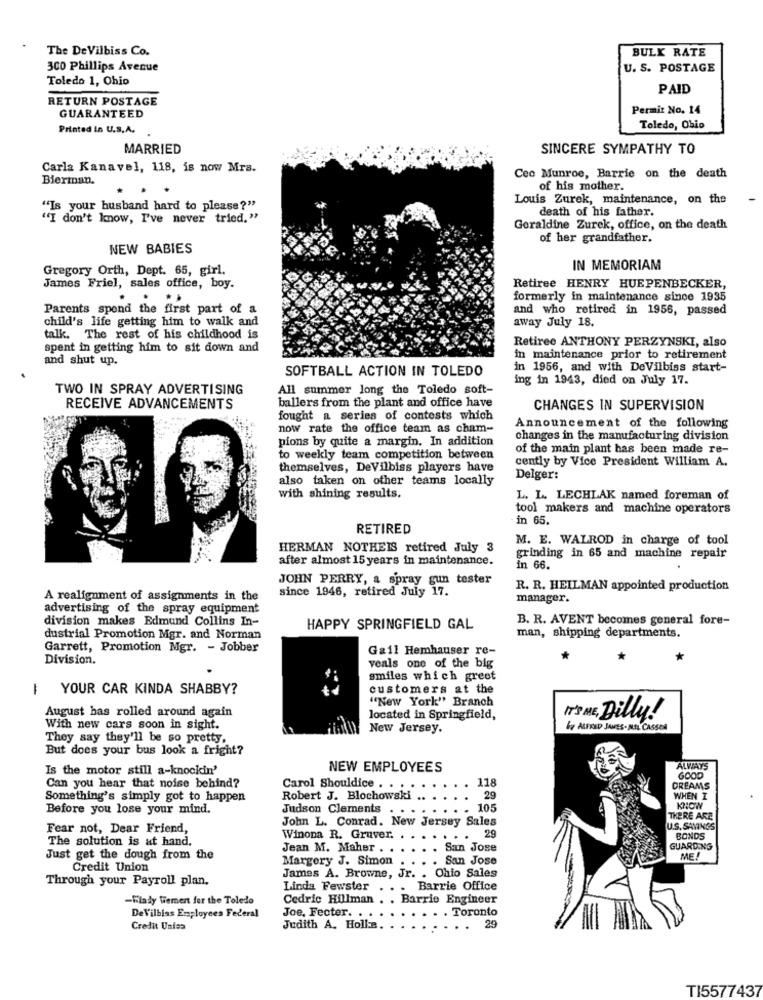
The DeVilbiss Co.
BULK RATE
300 Phillips Avenue
U. S. POSTAGE
Toledo 1, Ohio
PAID
RETURN POSTAGE
Permit No. 14
GUARANTEED
Printed in U.S.A.
Toledo, Ohio
MARRIED
SINCERE SYMPATHY TO
Carla Kanavel, 118, is now Mra.
Bierman.
Ceo Munroe, Barrie on the death
of his mother.
Louis Zurek, maintenance, on the
"Is your husband hard to please?"
death of his father.
"I don't know, I've never tried."
Geraldine Zurek, office, on the death
of her grandfather.
NEW BABIES
Gregory Orth, Dept. 65, girl.
IN MEMORIAM
James Friel, sales office, boy.
Retiree HENRY HUEPENBECKER,
formerly in maintenance since 1935
Parents spend the first part of a
and who retired in 1956, passed
child's life getting him to walk and
away July 18.
talk. The rest of his childhood is
Retiree ANTHONY PERZYNSKI, also
spent in getting him to sit down and
and shut up.
in maintenance prior to retirement
SOFTBALL ACTION IN TOLEDO
in 1956, and with DeVilbiss start-
ing in 1943, died on July 17.
TWO IN SPRAY ADVERTISING
All summer long the Toledo soft-
ballers from the plant and office have
RECEIVE ADVANCEMENTS
CHANGES IN SUPERVISION
fought a series of contests which
now rate the office team as cham-
Announcement of the following
pions by quite a margin. In addition
changes in the manufacturing division
of the main plant has been made re-
to weekly team competition between
cently by Vice President William A.
themselves, DeVilbiss players have
also taken on other teams locally
Delger:
with shining results.
L. L. LECHLAK named foreman of
tool makers and machine operators
in 65.
RETIRED
M. E. WALROD in charge of tool
HERMAN NOTHEIS retired July 3
after almost 15 years in maintenance.
grinding in 65 and machine repair
in 66.
JOHN PERRY, a spray gun tester
since 1946, retired July 17.
R. R. HEILMAN appointed production
A realignment of assignments in the
manager.
advertising of the spray equipment
division makes Edmund Collins In-
B. R. AVENT becomes general fore-
HAPPY SPRINGFIELD GAL
man, shipping departments.
dustrial Promotion Mgr. and Norman
Garrett, Promotion Mgr. - Jobber
Gail Hemhauser re-
Division.
*
veals one of the big
smiles which greet
1
YOUR CAR KINDA SHABBY?
customers at the
"New York" Branch
August bas rolled around again
located in Springfield,
IT'S ME, Dilly!
With new cars soon in sight.
New Jersey.
&y ALFRED JAMES. NEL CASSEN
They say they'll be so pretty.
But does your bus look a fright?
Is the motor still a-knockin'
NEW EMPLOYEES
ALWAYS
Can you hear that noise behind?
118
GOOD
Carol Shouldice . .
DREAMS
Something's simply got to happen
Robert J. Blochowski
29
WHEN I
Before you lose your mind.
Judson Clements
. 105
KNOWN
John L. Conrad. New Jersey Sales
THERE ARE
Fear not, Dear Friend,
U.S. SAVINGS
The solution is at hand.
Winona R. Gruver.
. .. 29
BONDS
Jean M. Maher .
San Jose
GUARDING
Just get the dough from the
Margery J. Simon
San Jose
ME!
Credit Union
Through your Payroll plan.
James A. Browne, Jr. . Chio Sales
Linda Fewster
..
Barrie Office
-Flady Wemert fer the Toledo
Cedric Hillman .
Barrio Engineer
. Toronto
DeVilbias Employees Federal
Joe, Fecter. .
29
Credit Unies
Judith A. Holla.
. .
TI5577437